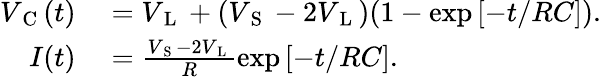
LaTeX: \begin{array}{rl}{V_{\mathrm{~C~}}(t)}&{{}=V_{\mathrm{~L~}}+(V_{\mathrm{~S~}}-2V_{\mathrm{~L~}})(1-\exp\left[-t/RC\right]).}\\ {I(t)}&{{}=\frac{V_{\mathrm{~S~}}-2V_{\mathrm{~L~}}}{R}\exp\left[-t/RC\right].}\end{array}